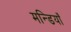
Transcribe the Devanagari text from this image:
मन्डियाँ